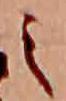
之